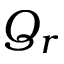
Q _ { r }